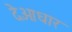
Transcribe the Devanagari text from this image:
देओधार